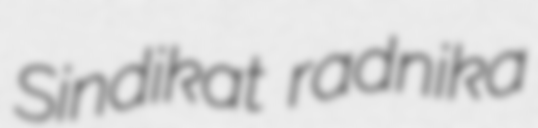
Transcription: Sindikat radnika